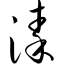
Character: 溱